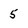
Character: 5